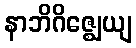
နာဘိဂိဇ္ဈေယျ